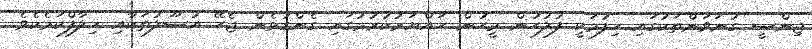
ޖިންސީ ގުނަވަންތަކުގައި ހިފުމަކީ ފުލުހުން މީހުން ހައްޔަރުކުރުމުގައި ގެންގުޅެން ޖެހޭ އުޞޫލުތަކާއި ޚިލާފްކަމެކެވެ.